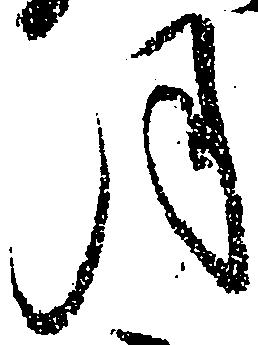
月